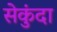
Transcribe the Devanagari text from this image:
सेकुंदा